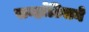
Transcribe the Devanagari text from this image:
सर्व्हांटिसने